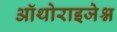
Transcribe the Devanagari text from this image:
ऑथोराइजेश्न